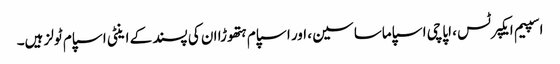
اسپیم ایکپرٹس ، اپاچی اسپاماساسین ، اور اسپام ہتھوڑا ان کی پسند کے اینٹی اسپام ٹولز ہیں۔